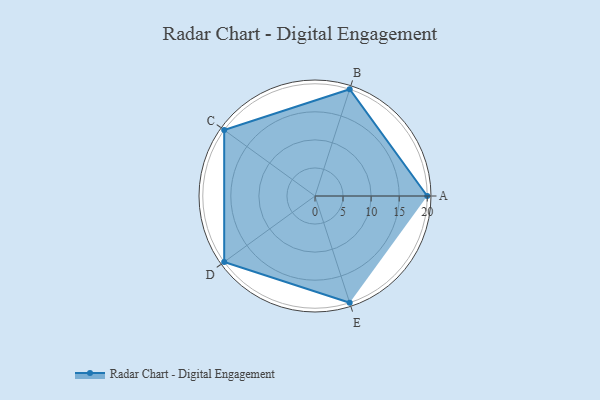
{"axis": {"x": "Skill", "y": "Score"}, "legend": ["Profile"], "data": [{"x": "A", "y": 20, "type": "Profile"}, {"x": "B", "y": 20, "type": "Profile"}, {"x": "C", "y": 20, "type": "Profile"}, {"x": "D", "y": 20, "type": "Profile"}, {"x": "E", "y": 20, "type": "Profile"}]}